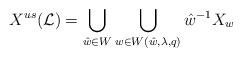
LaTeX: \begin{align*}X^{us}({\cal L})=\bigcup\limits_{\hat{w}\in W}\bigcup\limits_{w\in W(\hat{w},\lambda,q)}\hat{w}^{-1}X_w\end{align*}